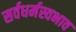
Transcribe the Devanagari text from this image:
सर्वधर्मस्वभाव